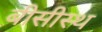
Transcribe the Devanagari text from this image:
बीसीस्थ